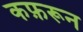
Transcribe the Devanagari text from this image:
कफ़रून